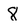
Character: 8